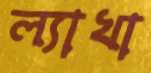
ল্যাখা